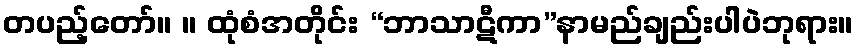
တပည့်တော်။ ။ ထုံစံအတိုင်း “ဘာသာဋီကာ”နာမည်ချည်းပါပဲဘုရား။